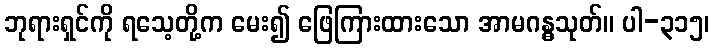
ဘုရားရှင်ကို ရသေ့တို့က မေး၍ ဖြေကြားထားသော အာမဂန္ဓသုတ်။ ပါ-၃၁၅၊